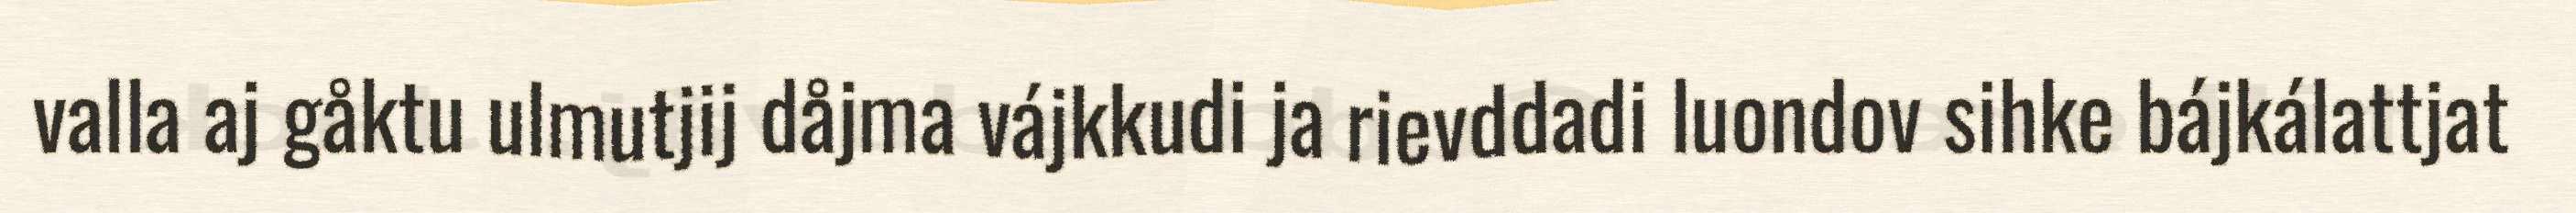
valla aj gåktu ulmutjij dåjma vájkkudi ja rievddadi luondov sihke bájkálattjat